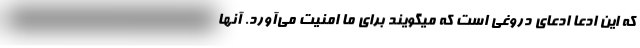
که این ادعا ادعای دروغی است که میگویند برای ما امنیت می‌آورد. آنها